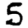
Digit: 5